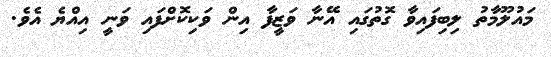
މައުލޫމާތު ލިބިފައިވާ ގޮތުގައި އޭނާ ވަޒީފާ އިން ވަކިކޮށްފައި ވަނީ އިއްޔެ އެވެ.